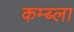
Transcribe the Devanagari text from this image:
कम्ब्ला